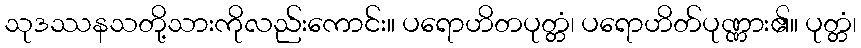
သုဒဿနသတို့သားကိုလည်းကောင်း။ ပရောဟိတပုတ္တံ၊ ပရောဟိတ်ပုဏ္ဏား၏။ ပုတ္တံ၊